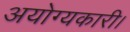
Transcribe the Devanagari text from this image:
अयोग्यकारी।